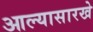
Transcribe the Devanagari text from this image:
आल्‍यासारखे